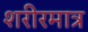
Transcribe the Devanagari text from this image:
शरीरमात्र